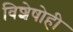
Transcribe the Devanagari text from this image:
विशेषोही